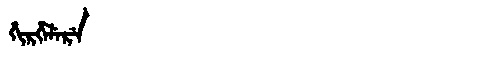
Manchu: ᡥᡳᡵᡥᡝᠯᡝᡵᡝ
Romanization: HIRHELERE